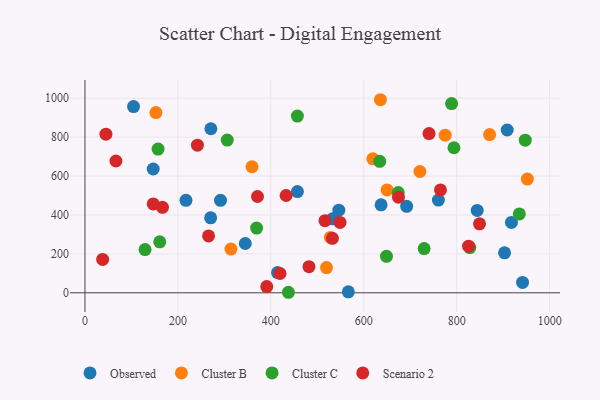
{"axis": {"x": "Investment", "y": "Salary"}, "legend": ["Cluster B", "Cluster C", "Observed", "Scenario 2"], "data": [{"x": "692.3", "y": 444.4, "type": "Observed"}, {"x": "903.0", "y": 205.3, "type": "Observed"}, {"x": "532.9", "y": 380.4, "type": "Observed"}, {"x": "217.4", "y": 475.2, "type": "Observed"}, {"x": "760.6", "y": 476.4, "type": "Observed"}, {"x": "104.5", "y": 957.0, "type": "Observed"}, {"x": "941.7", "y": 53.2, "type": "Observed"}, {"x": "271.0", "y": 843.1, "type": "Observed"}, {"x": "345.0", "y": 253.3, "type": "Observed"}, {"x": "844.1", "y": 423.4, "type": "Observed"}, {"x": "917.8", "y": 361.8, "type": "Observed"}, {"x": "146.8", "y": 636.3, "type": "Observed"}, {"x": "908.7", "y": 836.7, "type": "Observed"}, {"x": "546.3", "y": 424.8, "type": "Observed"}, {"x": "457.2", "y": 520.3, "type": "Observed"}, {"x": "414.4", "y": 103.7, "type": "Observed"}, {"x": "637.3", "y": 452.0, "type": "Observed"}, {"x": "566.8", "y": 4.9, "type": "Observed"}, {"x": "291.7", "y": 475.2, "type": "Observed"}, {"x": "270.5", "y": 385.4, "type": "Observed"}, {"x": "775.2", "y": 809.8, "type": "Cluster B"}, {"x": "359.5", "y": 647.7, "type": "Cluster B"}, {"x": "619.5", "y": 688.7, "type": "Cluster B"}, {"x": "952.1", "y": 584.4, "type": "Cluster B"}, {"x": "519.8", "y": 129.8, "type": "Cluster B"}, {"x": "720.8", "y": 623.4, "type": "Cluster B"}, {"x": "650.2", "y": 528.9, "type": "Cluster B"}, {"x": "635.9", "y": 992.2, "type": "Cluster B"}, {"x": "528.1", "y": 284.4, "type": "Cluster B"}, {"x": "152.7", "y": 926.3, "type": "Cluster B"}, {"x": "870.8", "y": 813.2, "type": "Cluster B"}, {"x": "314.1", "y": 224.8, "type": "Cluster B"}, {"x": "828.2", "y": 232.4, "type": "Cluster C"}, {"x": "437.8", "y": 2.7, "type": "Cluster C"}, {"x": "157.3", "y": 738.4, "type": "Cluster C"}, {"x": "648.9", "y": 187.6, "type": "Cluster C"}, {"x": "789.0", "y": 972.2, "type": "Cluster C"}, {"x": "729.9", "y": 227.2, "type": "Cluster C"}, {"x": "947.5", "y": 784.2, "type": "Cluster C"}, {"x": "306.2", "y": 784.7, "type": "Cluster C"}, {"x": "674.2", "y": 515.0, "type": "Cluster C"}, {"x": "794.1", "y": 745.3, "type": "Cluster C"}, {"x": "160.9", "y": 261.8, "type": "Cluster C"}, {"x": "129.3", "y": 222.1, "type": "Cluster C"}, {"x": "634.3", "y": 675.4, "type": "Cluster C"}, {"x": "934.8", "y": 405.2, "type": "Cluster C"}, {"x": "457.1", "y": 908.2, "type": "Cluster C"}, {"x": "369.4", "y": 332.8, "type": "Cluster C"}, {"x": "419.8", "y": 99.2, "type": "Scenario 2"}, {"x": "146.9", "y": 456.9, "type": "Scenario 2"}, {"x": "740.5", "y": 818.4, "type": "Scenario 2"}, {"x": "532.5", "y": 279.7, "type": "Scenario 2"}, {"x": "166.8", "y": 439.5, "type": "Scenario 2"}, {"x": "548.9", "y": 361.4, "type": "Scenario 2"}, {"x": "674.7", "y": 491.1, "type": "Scenario 2"}, {"x": "482.1", "y": 134.2, "type": "Scenario 2"}, {"x": "516.5", "y": 370.6, "type": "Scenario 2"}, {"x": "825.5", "y": 239.8, "type": "Scenario 2"}, {"x": "45.1", "y": 815.4, "type": "Scenario 2"}, {"x": "391.2", "y": 31.8, "type": "Scenario 2"}, {"x": "765.1", "y": 528.7, "type": "Scenario 2"}, {"x": "371.3", "y": 494.8, "type": "Scenario 2"}, {"x": "38.0", "y": 171.6, "type": "Scenario 2"}, {"x": "242.0", "y": 758.6, "type": "Scenario 2"}, {"x": "266.0", "y": 292.2, "type": "Scenario 2"}, {"x": "66.6", "y": 677.3, "type": "Scenario 2"}, {"x": "849.1", "y": 354.5, "type": "Scenario 2"}, {"x": "432.9", "y": 500.1, "type": "Scenario 2"}]}